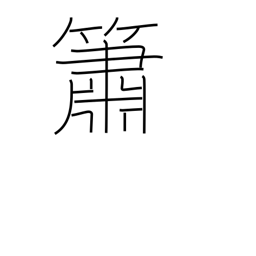
Meaning: flute